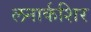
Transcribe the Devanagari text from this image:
लनार्कशिर